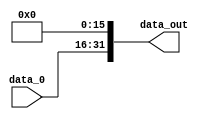
module shift_left_16(
    input   wire    [15:0]  data_0, // A entrada so os 16 bits da instruo
    output  wire    [31:0]  data_out // a sada vai pro mux men to reg entrada 5
);

    assign data_out = {data_0, {16{1'b0}}}; // concatena a entrada de 16 bits mais 16 bits para ficar com 32

endmodule